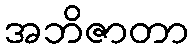
အဘိဇာတာ